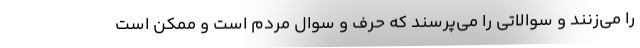
را می‌زنند و سوالاتی را می‌پرسند که حرف و سوال مردم است و ممکن است